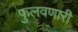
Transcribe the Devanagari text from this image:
फुलवणारी